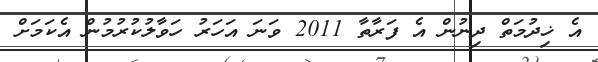
އެ ޚިދުމަތް ދިނުން އެ ފަރާތާ 2011 ވަނަ އަހަރު ހަވާލުކުރުމުން އެކަމަށް